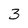
Character: 3